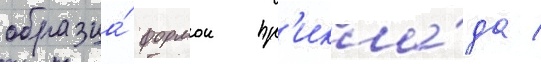
образца́ формои пр'икла́да /